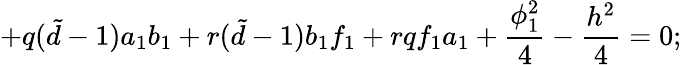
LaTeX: +q({\tilde{d}}-1)a_{1}b_{1}+r({\tilde{d}}-1)b_{1}f_{1}+rqf_{1}a_{1}+\frac{\phi_{1}^{2}}{4}-\frac{h^{2}}{4}=0;